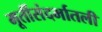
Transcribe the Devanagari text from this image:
मूर्तीसंदर्भातली